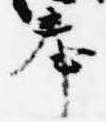
奉